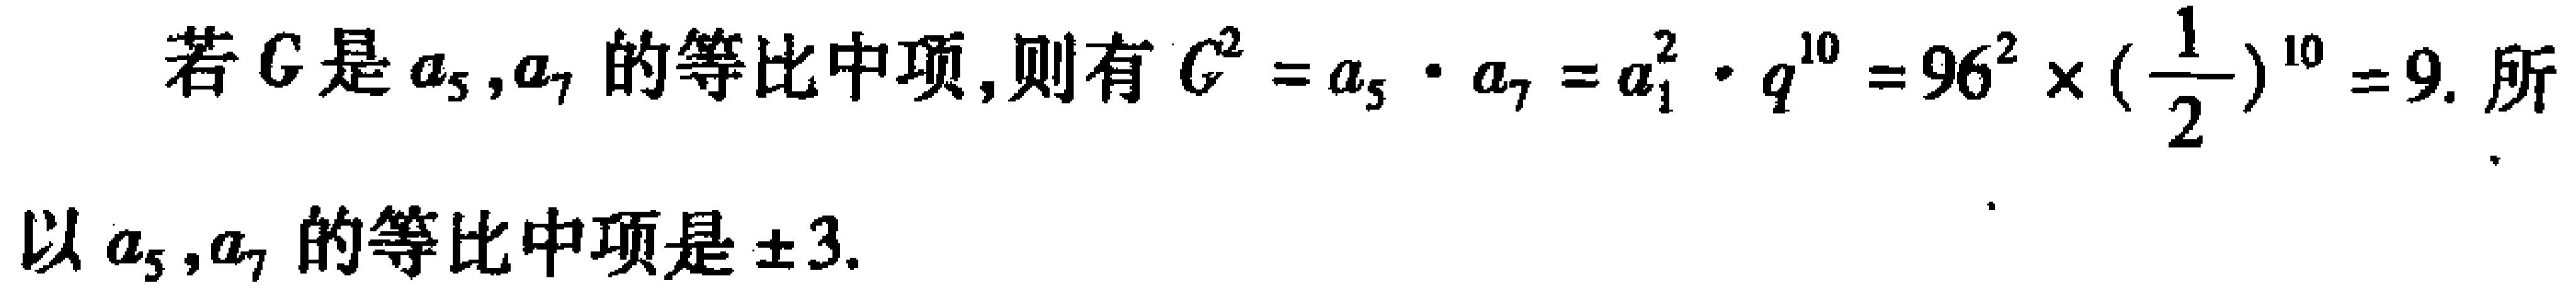
若\(G\)是\(a_{5},a_{7}\)的等比中项,则有\(G^{2}=a_{5}\cdot a_{7}=a_{1}^{2}\cdot q^{10}=96^{2}\times(\frac{1}{2})^{10}=9\). 所以\(a_{5},a_{7}\)的等比中项是\(\pm3\).